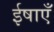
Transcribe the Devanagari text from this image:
ईषाएँ